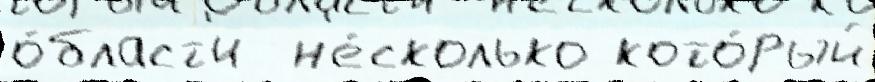
о́бласт'и  н'е́сколько кото́рый